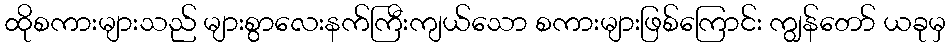
ထိုစကားများသည် များစွာလေးနက်ကြီးကျယ်သော စကားများဖြစ်ကြောင်း ကျွန်တော် ယခုမှ